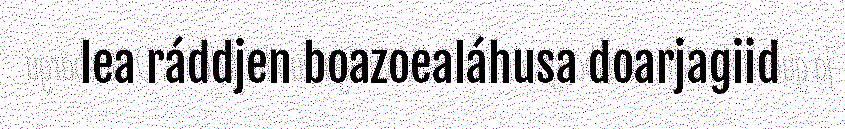
lea ráddjen boazoealáhusa doarjagiid